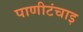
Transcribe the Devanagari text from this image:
पाणीटंचाइ